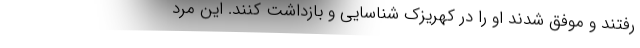
رفتند و موفق شدند او را در کهریزک شناسایی و بازداشت کنند. این مرد